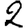
Digit: 2